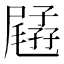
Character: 𡦥